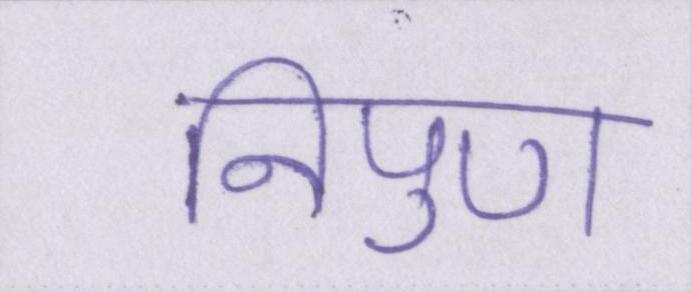
निपुण